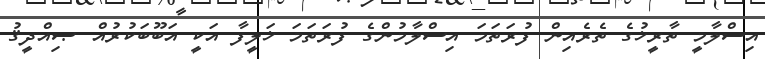
އިސްލާމީ ތާރީޚުގެ ތެރެއިން ފުރަތަމަ އިސްލާމުންގެ ފުރަތަމަ ޚަލީފާ އަކީ އަބޫބަކުރުއް ޞިއްދީޤު